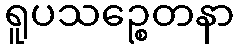
ရူပသဉ္စေတနာ